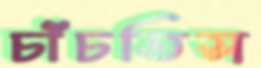
চাঁচতিস